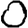
Digit: 0